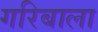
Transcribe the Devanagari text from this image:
गरिबाला